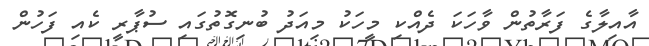
އާއިލާގެ ފަރާތުން ވާހަކަ ދެއްކި މީހަކު މިއަދު ބުނިގޮތުގައި ސުޕާރީ ކެއި ފަހުން